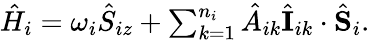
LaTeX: \begin{array}{r}{\hat{H}_{i}={\omega}_{i}\hat{S}_{iz}+\sum_{k=1}^{n_{i}}\hat{A}_{ik}\hat{\mathbf I}_{ik}\cdot\hat{\mathbf S}_{i}.}\end{array}